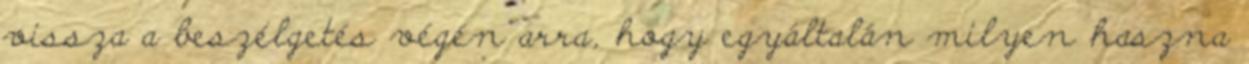
vissza a beszélgetés végén arra, hogy egyáltalán milyen haszna